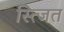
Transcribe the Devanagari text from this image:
स्त्जित